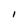
Character: l